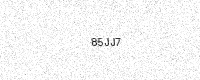
Text: 85JJ7